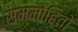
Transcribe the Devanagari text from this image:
सम्मोहितो